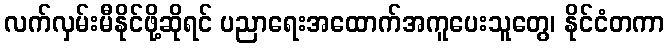
လက်လှမ်းမီနိုင်ဖို့ဆိုရင် ပညာရေးအထောက်အကူပေးသူတွေ၊ နိုင်ငံတကာ